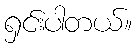
ရှင်းပါတယ်။